Annual administration report of the Civil Veterinary Department of India - 1903-1904
Year: 1903
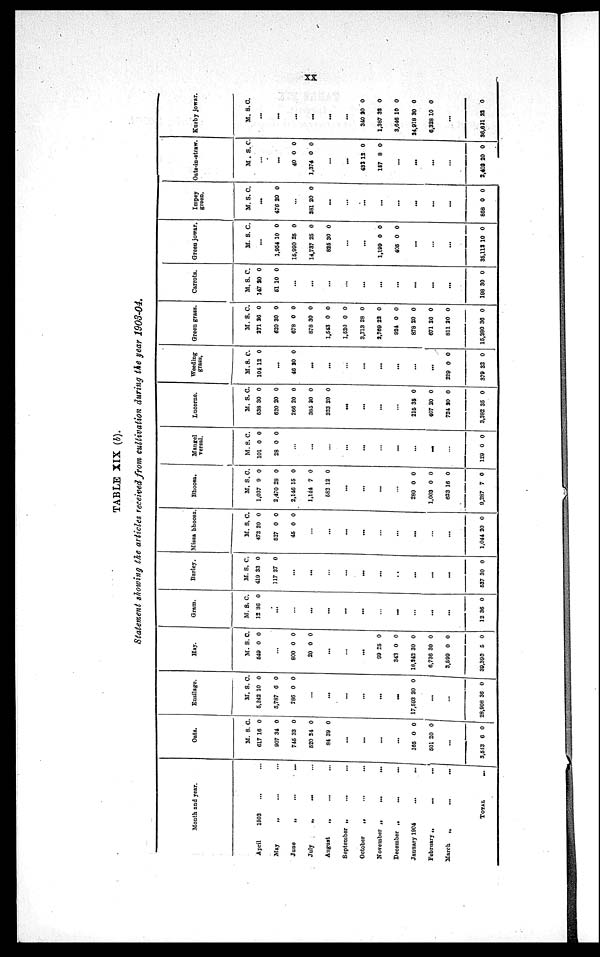
xx
TABLE XIX (b).
Statement showing the articles received from cultivation during the year 1903-04.
Month and year.
April
1903 ... ...
May
„ ... ...
June
„
...
...
July „ ... ...
August „ ... ...
September „ ... ...
October „ ... ...
November
„
...
...
December „ ... ...
January 1904
...
...
February
„
...
...
March
„
...
...
TOTAL ...
Oats.
M.
617
907
745
520
84
S.
16
34
33
24
39
C.
0
0
0
0
0
...
...
...
...
165
501
0
20
0
0
...
3,513 6 0
Ensilage.
M.
5,242
5,787
286
S.
10
0
0
C.
0
0
0
...
...
...
...
...
...
17,503 20 0
...
...
28,908 36 0
Hay.
M.
549
S.
0
C.
0
...
800
20
0
0
0
0
...
...
...
99
343
18,242
6,736
3,599
39,390
25
0
30
30
0
5
0
0
0
0
0
0
Gram.
M.
12
S.
36
C.
0
...
...
...
...
...
...
...
...
...
...
...
12 36 0
Barley.
M.
419
117
S.
33
37
C.
0
0
...
...
...
...
...
...
...
...
...
...
537 30 0
Missa bhoosa.
M.
472
527
45
S.
20
0
0
C.
0
0
0
...
...
...
...
...
...
...
...
...
1,044 20 0
Bhoosa.
M.
1,037
2,470
2,146
1,144
582
S.
9
28
15
7
12
C.
0
0
0
0
0
...
...
...
...
280
1,003
623
9,287
0
0
16
7
0
0
0
0
Mangel
versal.
M.
101
28
S.
0
0
C.
0
0
...
...
...
...
...
...
...
...
...
...
129 0 0
Lucerne.
M.
538
620
266
385
223
S.
30
20
20
30
20
C.
0
0
0
0
0
...
...
...
...
215
407
724
3,382
35
20
20
35
0
0
0
0
Weeding
grass.
M.
104
S.
12
C.
0
...
46 10 0
...
...
...
...
...
...
...
...
229
379
0
32
0
0
Green grass.
M.
271
620
678
878
1,543
1,520
3,713
2,769
924
878
671
811
15,280
S.
26
30
0
30
0
0
28
22
0
20
20
30
36
C.
0
0
0
0
0
0
0
0
0
0
0
0
0
Carrots.
M.
147
51
S.
20
10
C.
0
0
...
...
...
...
...
...
...
...
...
...
198 30 0
Green jowar.
M. S. C.
...
1,954
15,990
14,737
825
10
25
25
30
0
0
0
0
...
...
1,199
495
0
0
0
0
...
...
...
35,112 10 0
Impey
green.
M. S. C.
...
476 20 0
...
381 20 0
...
...
...
...
...
...
...
...
858 0 0
Oats-in-straw.
M. S. C.
...
...
40
1,374
0
0
0
0
...
...
432
167
12
8
0
0
...
...
...
...
2,403 20 0
Kurby jowar.
M. S. C.
...
...
...
...
...
...
346
1,387
3,646
24,918
6,328
20
32
10
30
10
0
0
0
0
0
...
36,621 22 0